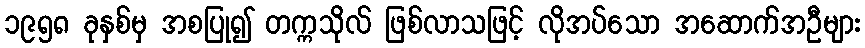
၁၉၅၈ ခုနှစ်မှ အစပြု၍ တက္ကသိုလ် ဖြစ်လာသဖြင့် လိုအပ်သော အဆောက်အဦများ